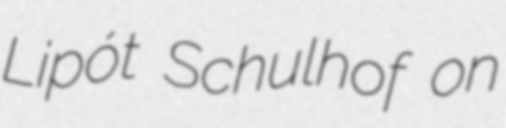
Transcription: Lipót Schulhof on